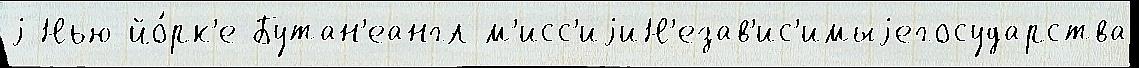
j Нью-йо́рк'е Бутан'еангл м'исс'иjиН'езав'ис'имыjегосударства